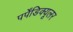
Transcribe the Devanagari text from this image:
पर्पेंडिक्यूलर